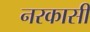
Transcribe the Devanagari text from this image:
नरकासी